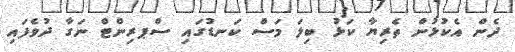
ދެން އެކުޅުން ތެރިޔާ ކަޅު ބިލަ މަސް ކަނޑުގައި ސްޕރިންޓް ނަގާ ދުވެފައި